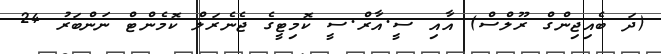
(ދަ ބެއިޖިންގް ރޫލްސް) އާއި ސީ.އާރް.ސީ ކޮމިޓީގެ ޖެނެރަލް ކޮމެންޓް ނަންބަރު 24